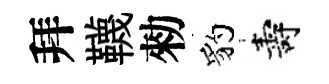
拜韈勑豹壽